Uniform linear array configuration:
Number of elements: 8
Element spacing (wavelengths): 0.75
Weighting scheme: kaiser
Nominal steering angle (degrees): -30
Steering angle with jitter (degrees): -28.689
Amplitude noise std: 0.05
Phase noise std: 0.05

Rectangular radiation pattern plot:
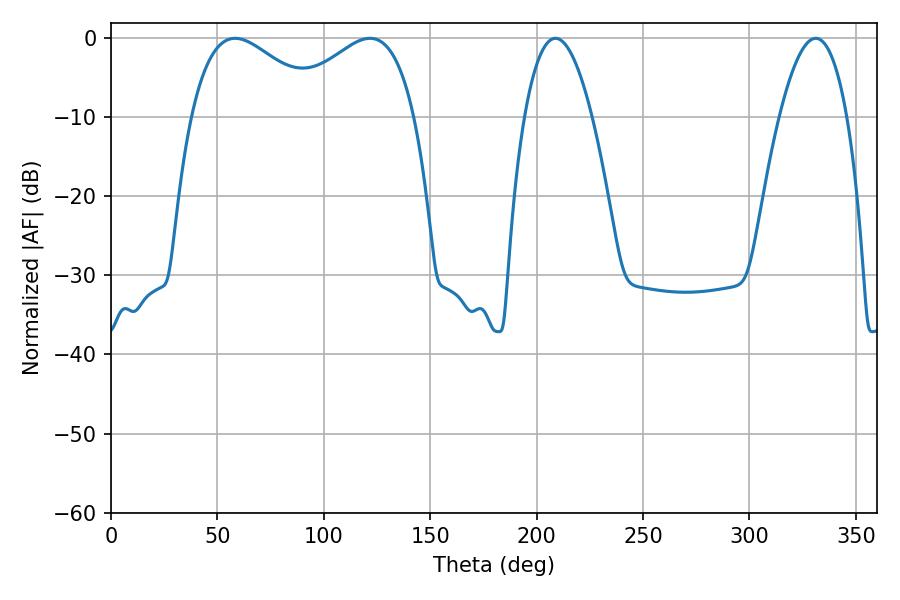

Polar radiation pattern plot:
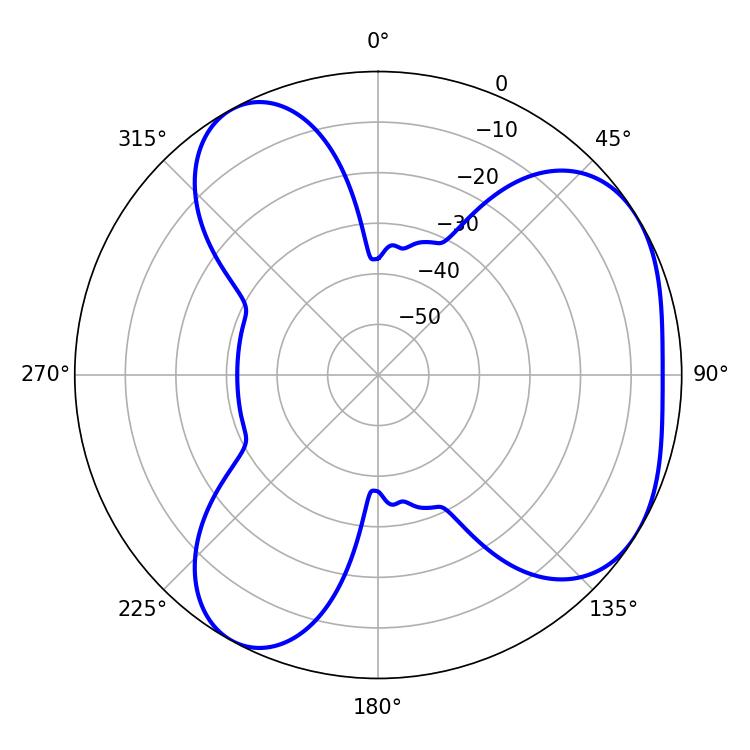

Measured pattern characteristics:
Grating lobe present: TRUE
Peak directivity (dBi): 4.496
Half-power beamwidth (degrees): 34.02
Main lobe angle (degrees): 58.32